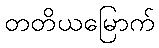
တတိယမြောက်